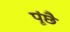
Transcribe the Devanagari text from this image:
पूंछै